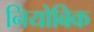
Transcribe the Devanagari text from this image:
नियोबिक